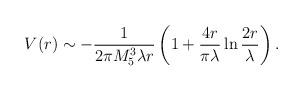
LaTeX: \begin{align*}V(r) \sim -\frac{1}{2 \pi M_5^3 \lambda r}\left( 1 + \frac{4 r}{\pi \lambda} \ln \frac{2 r}{\lambda} \right).\end{align*}